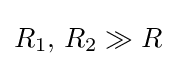
R_{1},\,R_{2}\gg R